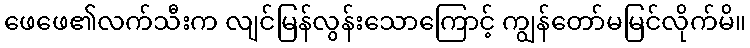
ဖေဖေ၏လက်သီးက လျင်မြန်လွန်းသောကြောင့် ကျွန်တော်မမြင်လိုက်မိ။